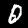
Digit: 0